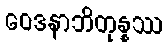
ဝေဒနာဘိတုန္နဿ